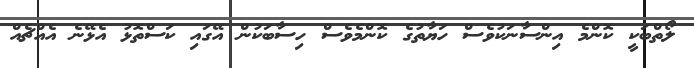
ލޯތްބަކީ ކޮންމެ އިންސާނަކުވެސް ހަޔާތުގެ ކޮންމެވެސް ހިސާބަކުން އޭގައި ކަސްތޮޅު އެޅޭނެ އެއްޗެއް